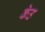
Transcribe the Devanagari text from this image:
केउ